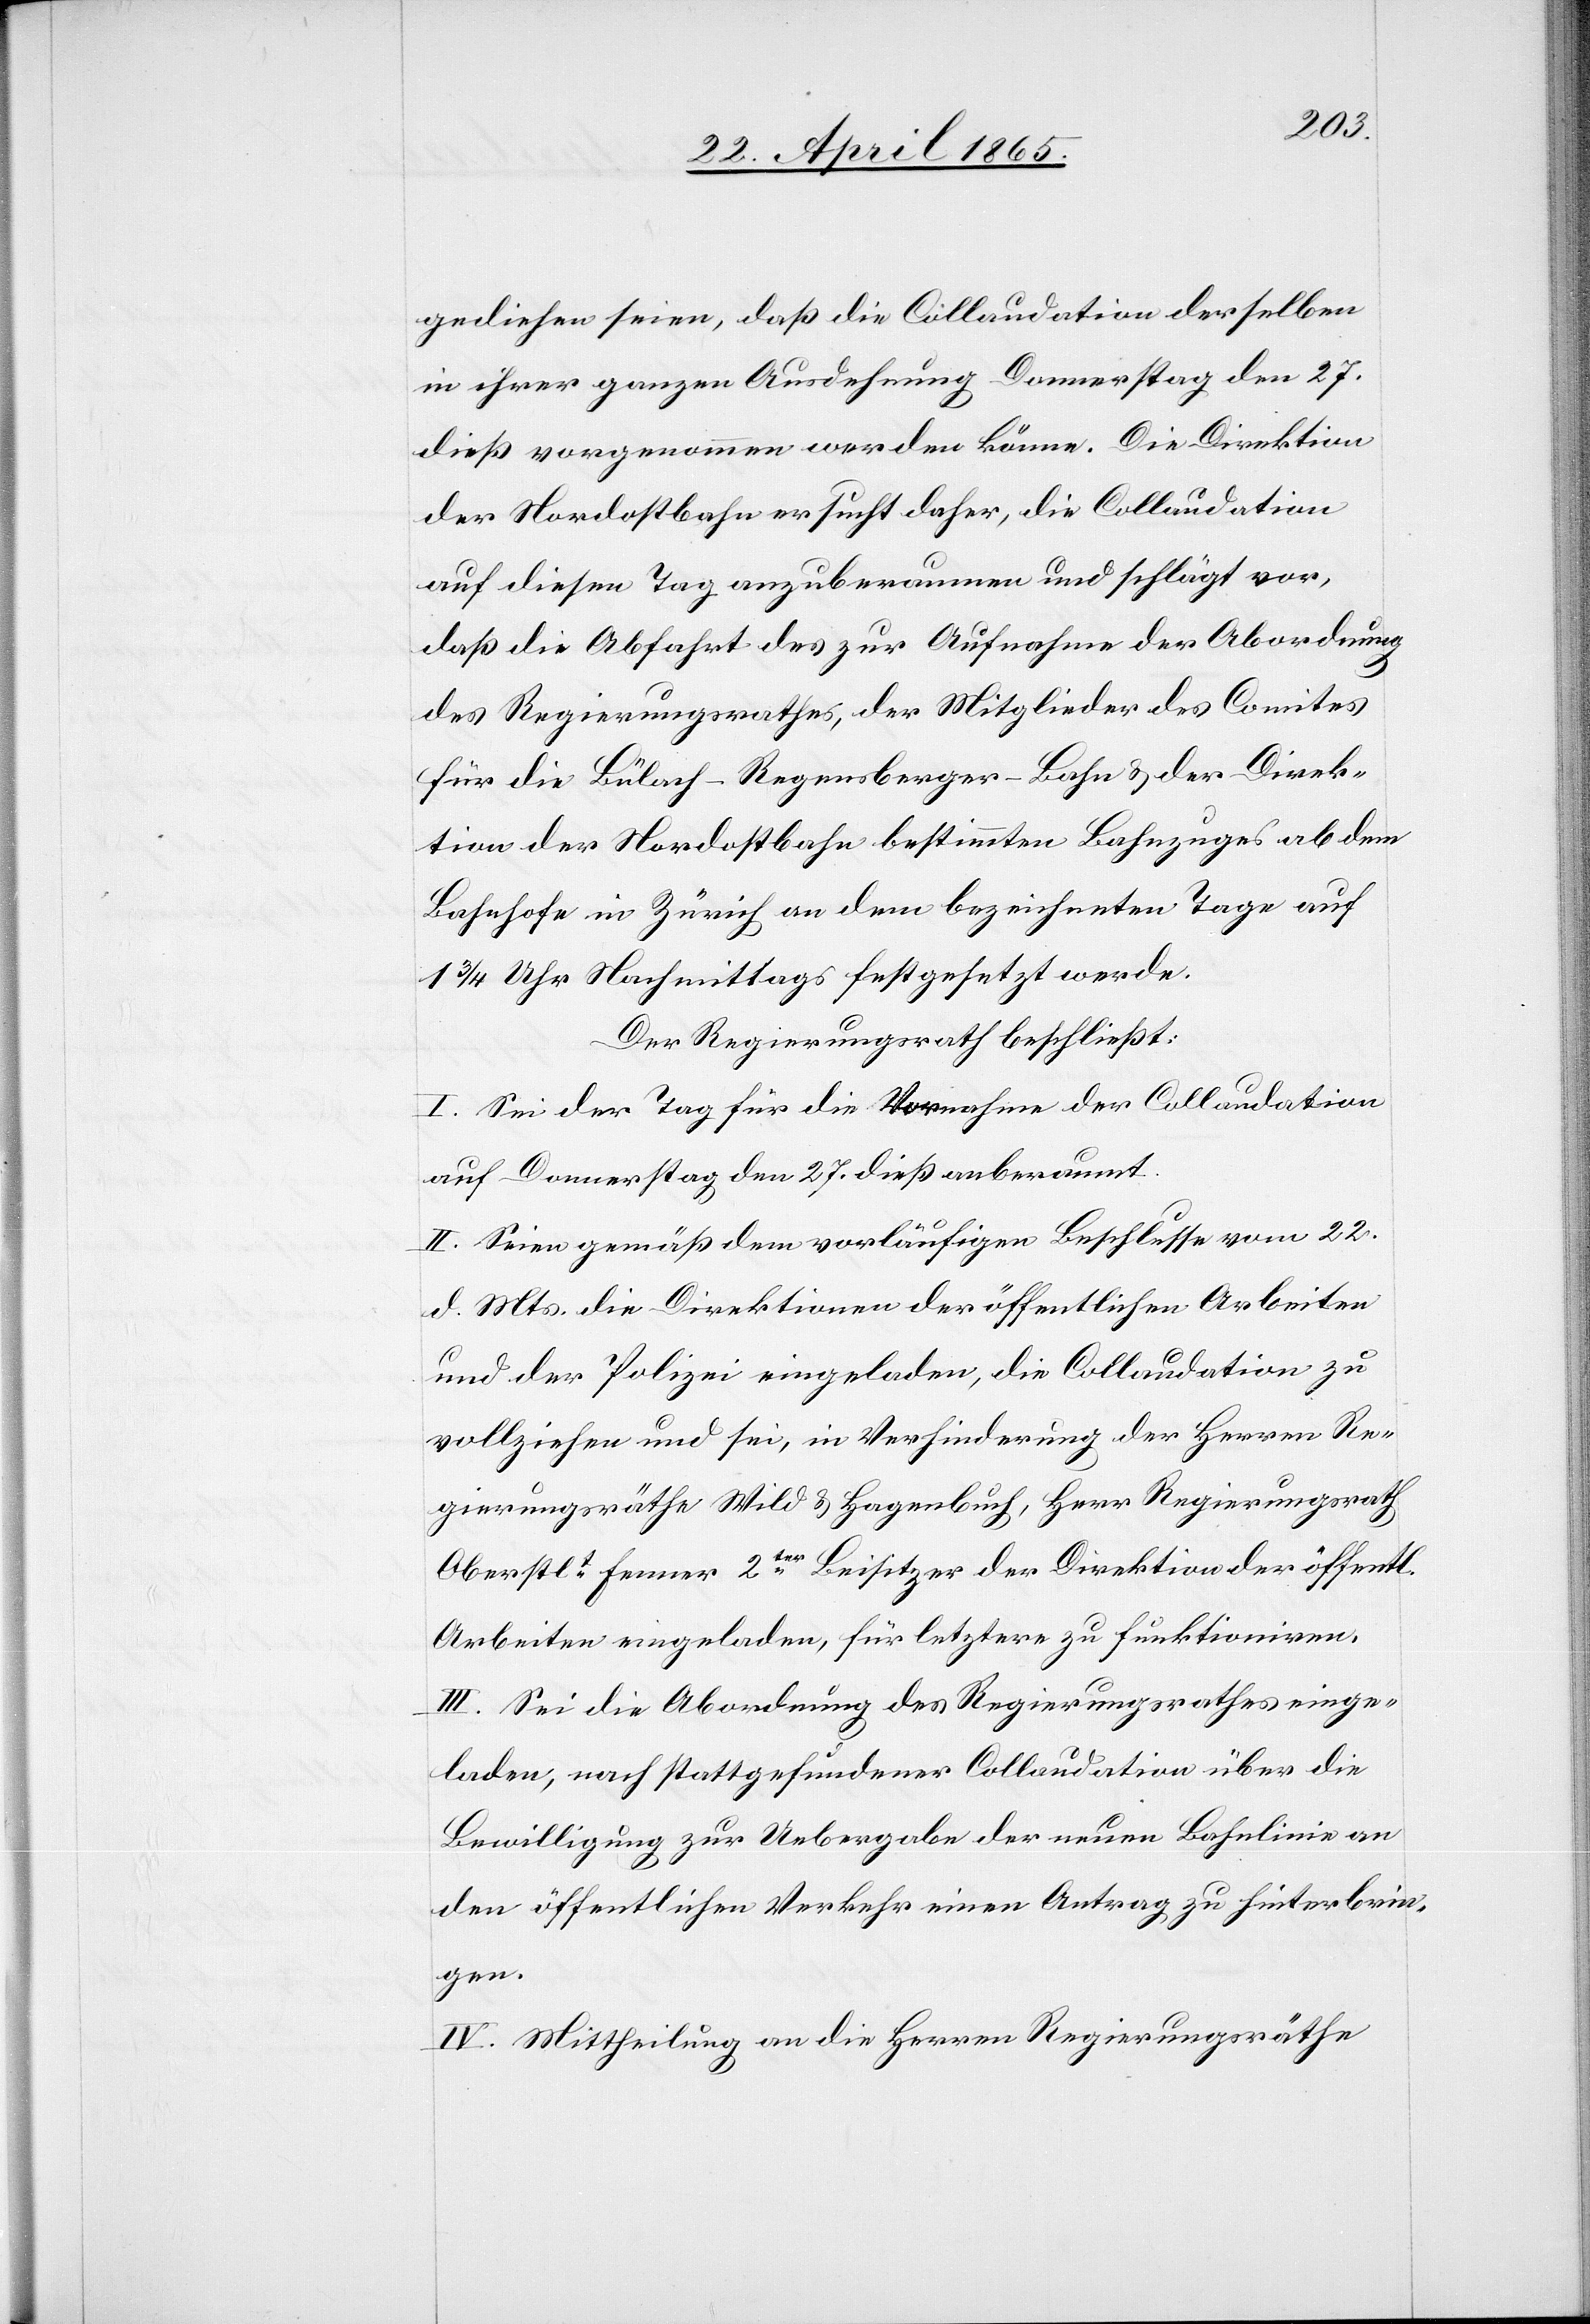
gediehen seien, daß die Collaudation derselben
in ihrer ganzen Ausdehnung Donnerstag den 27.
dieß vorgenommen werden könne. Die Direktion
der Nordostbahn ersucht daher, die Collaudation
auf diesen Tag anzuberaumen und schlägt vor,
daß die Abfahrt des zur Aufnahme der Abordnung
des Regierungsrathes, der Mitglieder des Comites
für die Bülach-Regensberger-Bahn & der Direk¬
tion der Nordostbahn bestimmten Bahnzuges ab dem
Bahnhofe in Zürich an dem bezeichneten Tage auf
1 ¾ Uhr Nachmittags festgesetzt werde.
Der Regierungsrath beschließt:
I. Sei der Tag für die Vornahme der Collaudation
auf Donnerstag den 27. dieß anberaumt.
II. Seien gemäß dem vorläufigen Beschlusse vom 22.
d. Mts. die Direktionen der öffentlichen Arbeiten
und der Polizei eingeladen, die Collaudation zu
vollziehen und sei, in Verhinderung der Herren Re¬
gierungsräthe Wild & Hagenbuch, Herr Regierungsrath
Oberstlt Fenner 2ter Beisitzer der Direktion der öffentl.
Arbeiten eingeladen, für letztere zu funktioniren.
III. Sei die Abordnung des Regierungsrathes einge¬
laden, nach stattgefundener Collaudation über die
Bewilligung zur Uebergabe der neuen Bahnlinie an
den öffentlichen Verkehr einen Antrag zu hinterbrin¬
gen.
IV. Mittheilung an die Herren Regierungsräthe